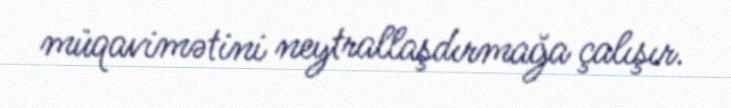
müqavimətini neytrallaşdırmağa çalışır.